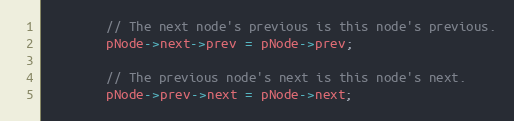
Language: C
        // The next node's previous is this node's previous.
        pNode->next->prev = pNode->prev;

        // The previous node's next is this node's next.
        pNode->prev->next = pNode->next;